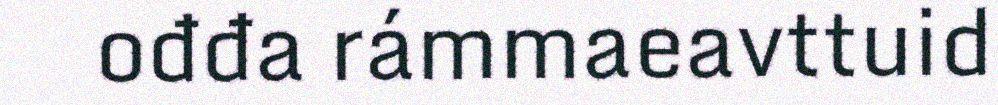
ođđa rámmaeavttuid